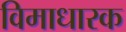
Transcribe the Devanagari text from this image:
विमाधारक